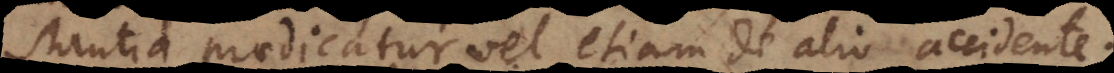
stantia praedicatur vel etiam de alio accidente.